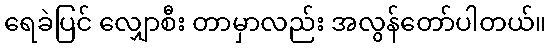
ရေခဲပြင် လျှောစီး တာမှာလည်း အလွန်တော်ပါတယ်။